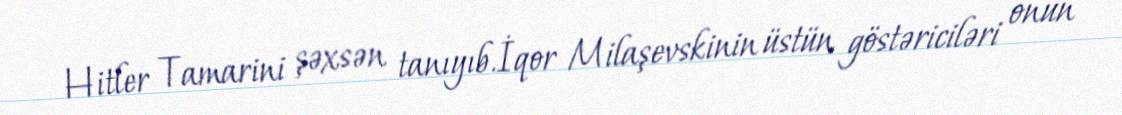
Hitler Tamarini şəxsən tanıyıb.İqor Milaşevskinin üstün göstəriciləri onun